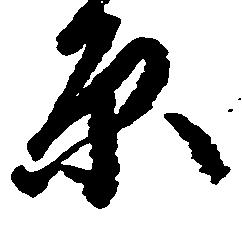
原